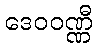
ဒေဝဝဏ္ဏီ